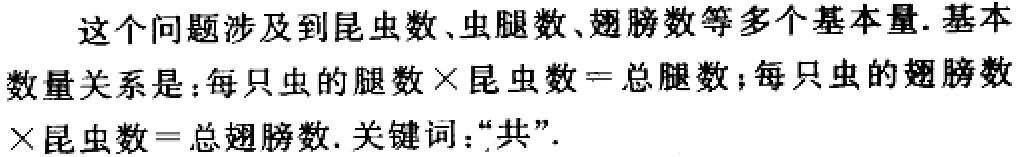
这个问题涉及到昆虫数、虫腿数、翅膀数等多个基本量. 基本
数量关系是：每只虫的腿数$\times$昆虫数$=$总腿数；每只虫的翅膀数
$\times$昆虫数$=$总翅膀数. 关键词：“共”.